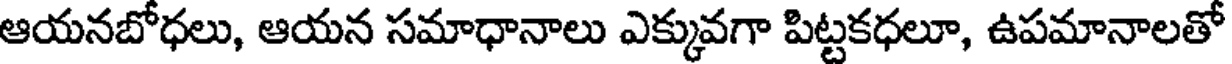
ఆయనబోధలు, ఆయన సమాధానాలు ఎక్కువగా పిట్టకధలూ, ఉపమానాలతో